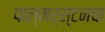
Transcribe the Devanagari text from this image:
पाल्मर्स्टनचा